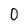
Character: 0